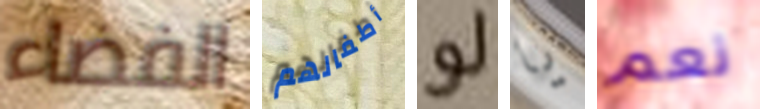
الفضاء أطفالهم لو يا نعم